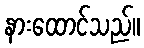
နားထောင်သည်။